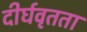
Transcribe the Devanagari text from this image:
दीर्घवृतता